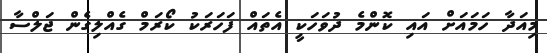
މިއަދާ ހަމައަށް އައި ކޮންމެ ދުވަހަކީ އެތައް ފަހަރަކު ކޯރަމް ގެއްލިގެން ޖަލްސާ